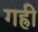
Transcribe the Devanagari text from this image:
गह्री